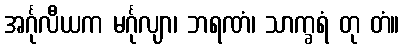
အင်္ဂုလီယက မင်္ဂုလျာ၊ ဘရဏံ၊ သာက္ခရံ တု တံ။